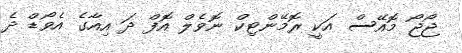
ޖޯޖޯ މޮއޭސް އަކީ ރޮމޭންޓިކް ނޮވެލް އޮފް ދަ އިއާގެ އެވޯޑް ދެ